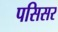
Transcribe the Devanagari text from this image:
पसिसर